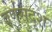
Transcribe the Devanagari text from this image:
वर्णसदृश